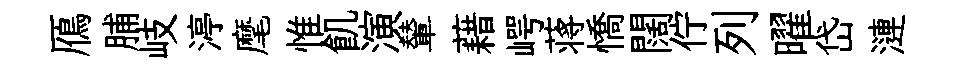
鴈脯岐渟麾惟飢演輦藉崿蒋憍闊佇列曜岱漣